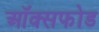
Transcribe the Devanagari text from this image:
ऑक्सफोड